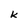
Character: k